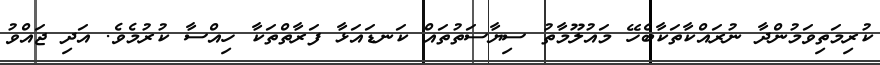
ކުރިމަތިވަމުންދާ ނުރައްކާތަކާބެހޭ މައުލޫމާތު ސިޔާސަތުތައް ކަނޑައަޅާ ފަރާތްތަކާ ހިއްސާ ކުރުމެވެ. އަދި ޖައްވު